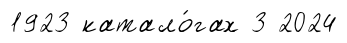
1923 катало́гах 3 2024